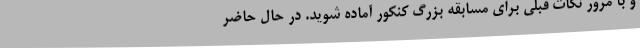
و با مرور نکات قبلی برای مسابقه بزرگ کنکور آماده شوید. در حال حاضر